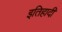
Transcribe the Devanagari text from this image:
इतिहादी